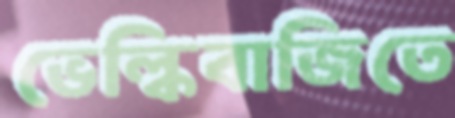
ভেল্কিবাজিতে